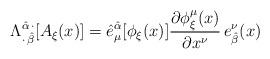
LaTeX: \begin{align*}\Lambda^{\hat\alpha\,\cdot}_{\cdot\,\hat\beta}[A_{\xi}(x)]=\hat e_{\mu}^{\hat\alpha}[\phi_{\xi}(x)]\frac{\partial \phi^{\mu}_{\xi}(x)}{\partial x^{\nu}}\,e^{\nu}_{\hat\beta}(x)\end{align*}